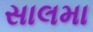
સાલમા